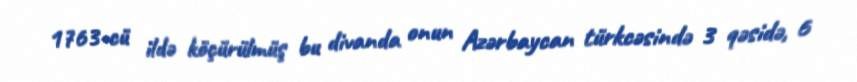
1763-cü ildə köçürülmüş bu divanda onun Azərbaycan türkcəsində 3 qəsidə, 6